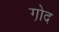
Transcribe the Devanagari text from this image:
गो़द